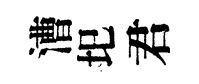
漕圯君